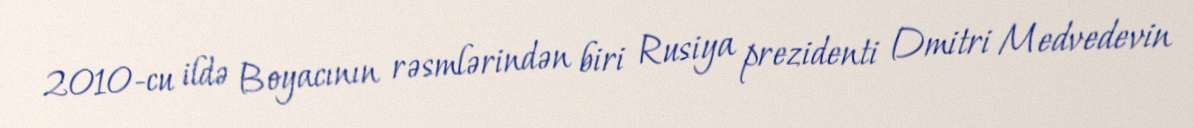
2010-cu ildə Boyacının rəsmlərindən biri Rusiya prezidenti Dmitri Medvedevin